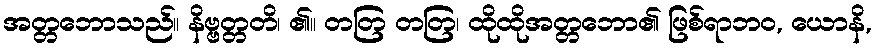
အတ္တဘောသည်။ နိဗ္ဗတ္တတိ၊ ၏။ တတြ တတြ၊ ထိုထိုအတ္တဘော၏ ဖြစ်ရာဘဝ, ယောနိ,